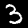
Digit: 3